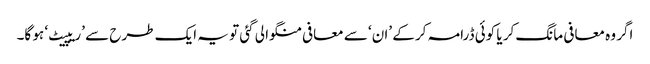
اگر وہ معافی مانگ کر یا کوئی ڈرامہ کر کے ’ان‘ سے معافی منگوا لی گئی تو یہ ایک طرح سے ’ریپیٹ‘ ہو گا۔